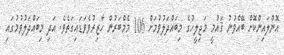
އޮންލައިންކޮށް ބޭއްވުނު ޤައުމީ މަޖިލީހުގެ މިބައްދަލުވުމަށް 106 މެމްބަރުން ހާޒިރުވެވަޑައިގަތެވެ. އަދި މިބައްދަލުވުމުގައި